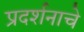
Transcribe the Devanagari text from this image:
प्रदर्शनाचे